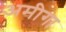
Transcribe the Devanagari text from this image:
अमीगा